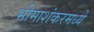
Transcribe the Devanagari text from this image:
भीमाशंकरमध्ये